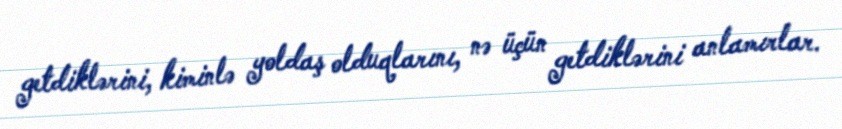
getdiklərini, kiminlə yoldaş olduqlarını, nə üçün getdiklərini anlamırlar.